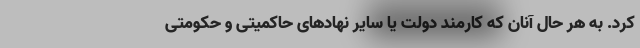
کرد. به هر حال آنان که کارمند دولت یا سایر نهادهای حاکمیتی و حکومتی